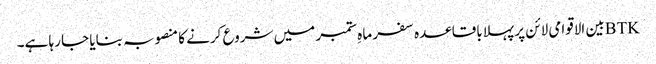
BTKبین الاقوامی لائن پر پہلا باقاعدہ سفر ماہِ ستمبر میں شروع کرنے کا منصوبہ بنایا جا رہا ہے۔